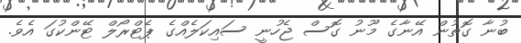
ބުނާ ގޮތުން އޭނާގެ މޫނު ގޮސް ޖެހުނީ ސައިކަލެއްގެ ޕެޓްރޯލް ޓޭންކުގަ އެވެ.